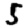
Digit: 5